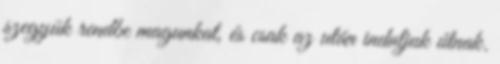
szegyük rendbe magunkat, és csak az után induljuk útnak.